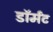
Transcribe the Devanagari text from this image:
डॉर्मंट